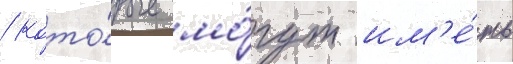
/ кото́рые мо́гут им'е́ть